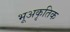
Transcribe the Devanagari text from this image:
भूअकृतिक